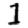
Digit: 1